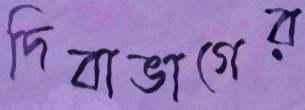
দিবাভাগের